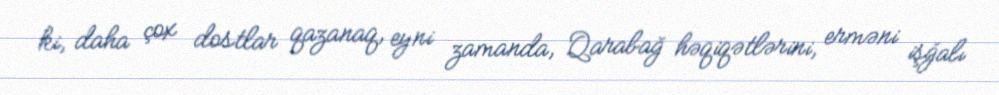
ki, daha çox dostlar qazanaq, eyni zamanda, Qarabağ həqiqətlərini, erməni işğalı